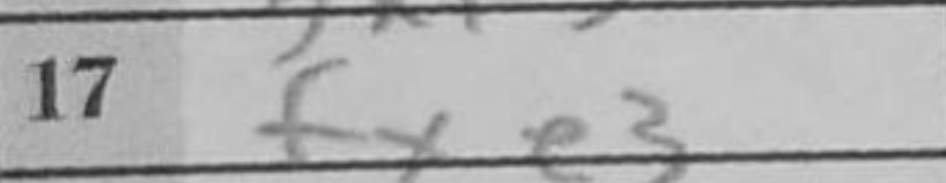
Transcription: fxe3